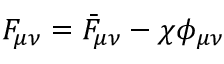
F _ { \mu \nu } = \bar { F } _ { \mu \nu } - \chi \phi _ { \mu \nu }